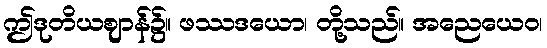
ဤဒုတိယဈာန်၌။ ဖဿဒယော၊ တို့သည်။ အညေယေဝ၊